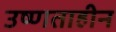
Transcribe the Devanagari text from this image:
उष्णताहीन